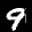
Label: 9